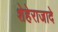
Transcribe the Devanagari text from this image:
शेहेराजादे